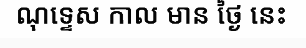
ណុទ្ទេស កាល មាន ថ្ងៃ នេះ